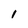
Character: 1